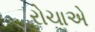
રોચાએ